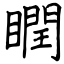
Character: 瞤